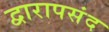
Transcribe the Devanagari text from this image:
द्वारापसंद